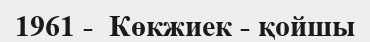
1961 -  Көкжиек - қойшы